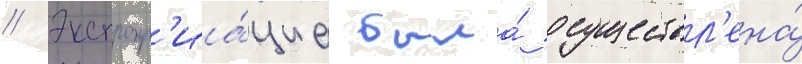
// Экспропр'иа́циа была́ осуществл'ена́